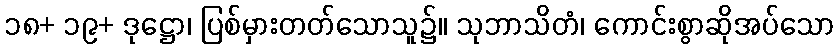
၁၈+ ၁၉+ ဒုဋ္ဌော၊ ပြစ်မှားတတ်သောသူ၌။ သုဘာသိတံ၊ ကောင်းစွာဆိုအပ်သော